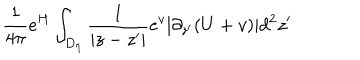
\frac { 1 } { 4 \pi } e ^ { H } \int _ { D _ { \eta } } \frac { 1 } { | z - z ^ { \prime } | } e ^ { v } | \partial _ { z ^ { \prime } } ( U + v ) | d ^ { 2 } z ^ { \prime }